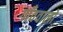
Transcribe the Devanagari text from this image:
गाँववालो